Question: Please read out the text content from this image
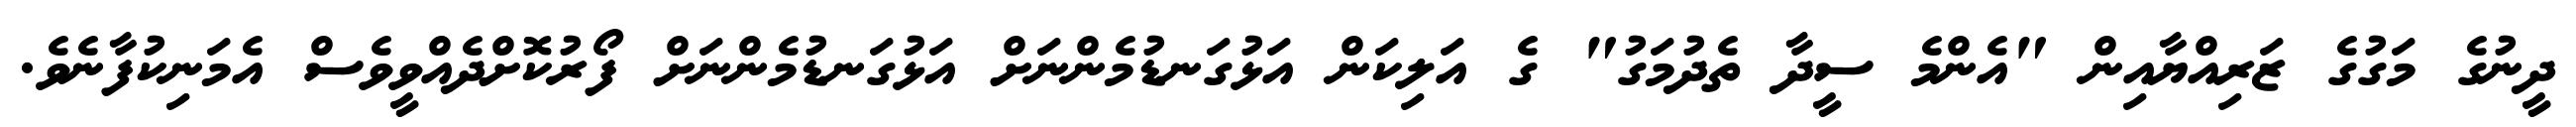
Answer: ދީނުގެ މަގުގެ ޒަރިއްޔާއިން "އެންމެ ސީދާ ތެދުމަގު" ގެ އަލިކަން އަޅުގަނޑުމެންނަށް އަޅުގަނޑުމެންނަށް ފޯރުކޮށްދެއްވީވެސް އެމަނިކުފާނެވެ.